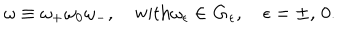
\omega \equiv \omega _ { + } \omega _ { 0 } \omega _ { - } , \quad \mathrm { w i t h } \omega _ { \epsilon } \in { \bf G } _ { \epsilon } , \quad \epsilon = \pm , \, 0 .